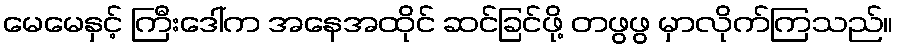
မေမေနှင့် ကြီးဒေါ်က အနေအထိုင် ဆင်ခြင်ဖို့ တဖွဖွ မှာလိုက်ကြသည်။